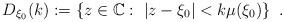
LaTeX: \begin{align*} D_{\xi_0}(k):=\left\lbrace z \in \mathbb{C}:\ |z-\xi_0|<k\mu(\xi_0)\right\rbrace\ .\end{align*}